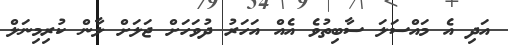
އަދި އެ މައްސަލަ ސާބިތުވެ އެއް އަހަރު ދުވަހަށް ޖަލަށް ލާން ކުރިމިނަލް